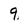
Character: 9